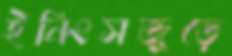
ইনিংসজুড়ে